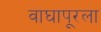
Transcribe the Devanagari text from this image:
वाघापूरला